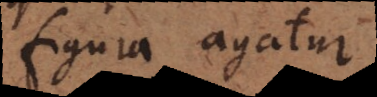
figura agatur,